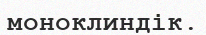
моноклиндік.